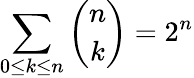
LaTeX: \sum_{0\leq{k}\leq{n}}{\binom{n}{k}}=2^{n}